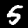
Digit: 5